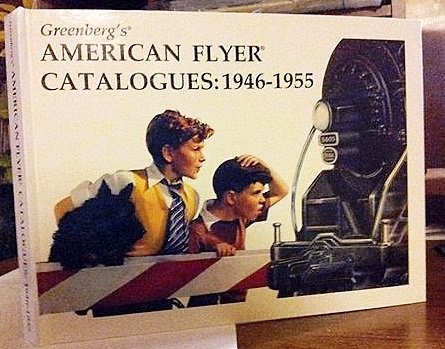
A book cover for Greenberg's American Flyer Catalogues, 1946-1955; Crafts, Hobbies & Home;